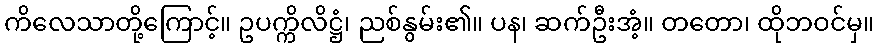
ကိလေသာတို့ကြောင့်။ ဥပက္ကိလိဋ္ဌံ၊ ညစ်နွမ်း၏။ ပန၊ ဆက်ဦးအံ့။ တတော၊ ထိုဘဝင်မှ။